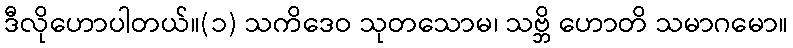
ဒီလိုဟောပါတယ်။(၁) သကိဒေဝ သုတသောမ၊ သဗ္ဘိ ဟောတိ သမာဂမော။